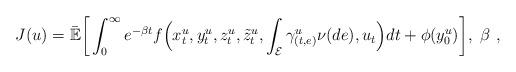
LaTeX: \begin{align*}J(u)=\bar{\mathbb{E}}\bigg[\int_0^\infty e^{-\beta t}f\Big(x_t^u,y_t^u,z_t^u,\tilde{z}_t^u,\int_{\mathcal{E}}\gamma_{(t,e)}^u\nu(de),u_t\Big)dt+\phi(y_0^u)\bigg],\ \beta\ ,\end{align*}